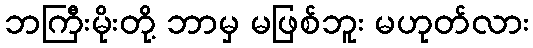
ဘကြီးမိုးတို့ ဘာမှ မဖြစ်ဘူး မဟုတ်လား